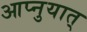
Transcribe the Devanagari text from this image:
आप्नुयात्